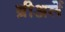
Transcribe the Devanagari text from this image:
ब्रीअर्ले